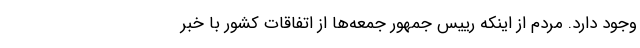
وجود دارد. مردم از اینکه رییس جمهور جمعه‌ها از اتفاقات کشور با خبر